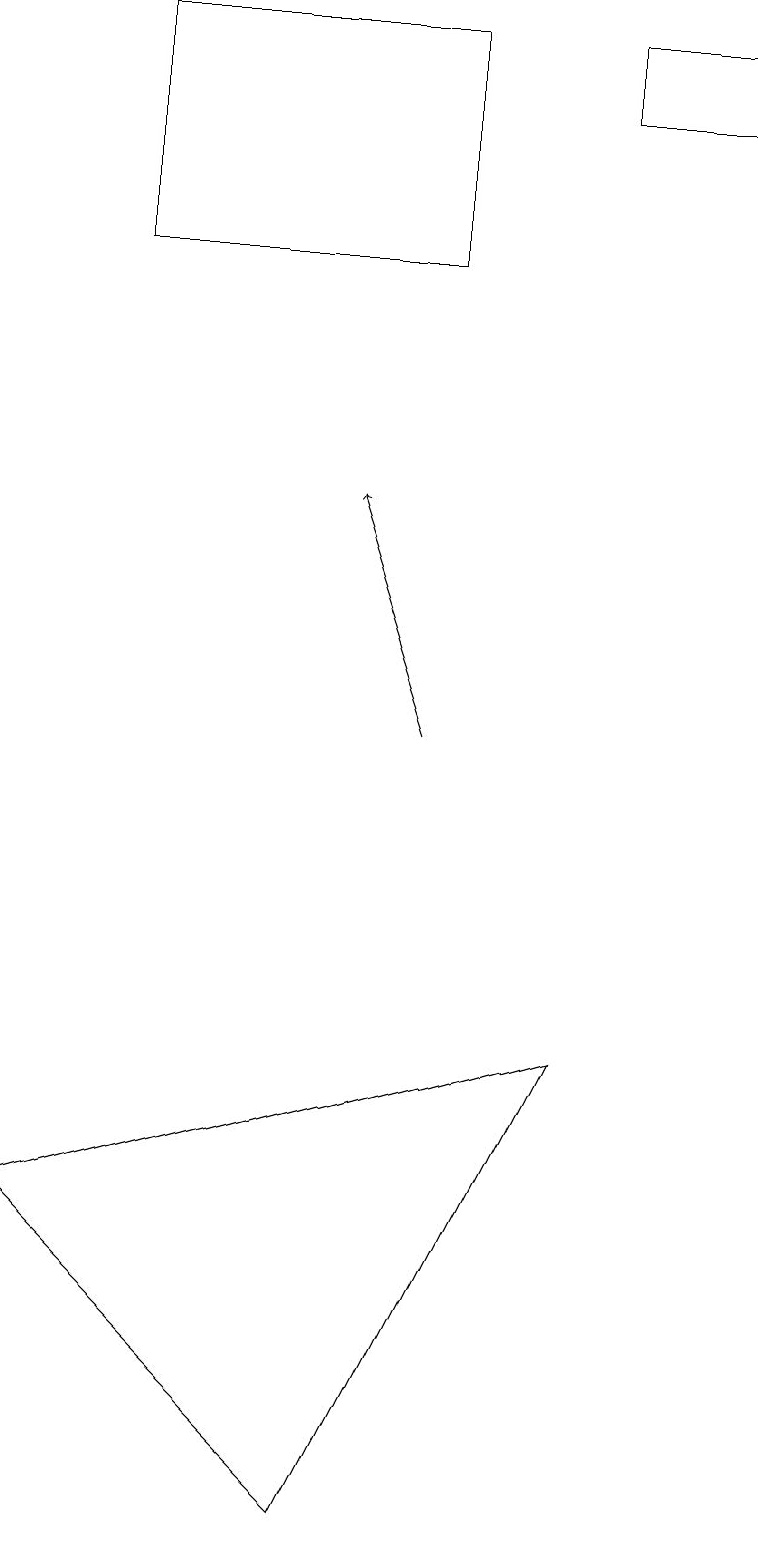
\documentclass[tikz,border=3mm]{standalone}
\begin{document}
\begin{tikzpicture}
\draw (9,18) rectangle (7,19);
\draw[->] (5,10) -- (4,13);
\draw (5,16) rectangle (1,19);
\draw (7,6) -- (0,4) -- (4,0) -- cycle;
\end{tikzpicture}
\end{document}